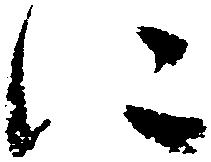
に